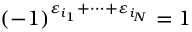
( - 1 ) ^ { \varepsilon _ { i _ { 1 } } + \dots + \varepsilon _ { i _ { N } } } = 1